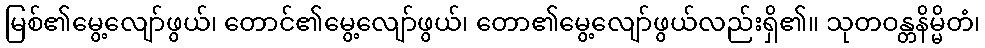
မြစ်၏မွေ့လျော်ဖွယ်၊ တောင်၏မွေ့လျော်ဖွယ်၊ တော၏မွေ့လျော်ဖွယ်လည်းရှိ၏။ သုတဝန္တနိမ္မိတံ၊